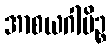
အာစယဂါမိဉ္စ